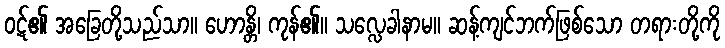
ဝဋ်၏ အခြေတို့သည်သာ။ ဟောန္တိ၊ ကုန်၏။ သလ္လေခါနာမ။ ဆန့်ကျင်ဘက်ဖြစ်သော တရားတို့ကို